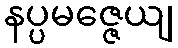
နပ္ပမဇ္ဇေယျ